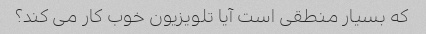
که بسیار منطقی است آیا تلویزیون خوب کار می کند؟